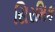
સિરમિક